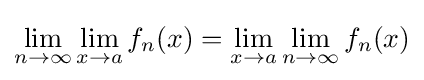
\lim _{n\to \infty }\lim _{x\to a}f_{n}(x)=\lim _{x\to a}\lim _{n\to \infty }f_{n}(x)